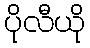
ပိုလီယို